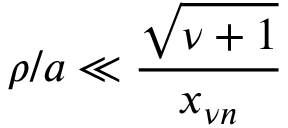
\rho / a \ll \frac { \sqrt { \nu + 1 } } { x _ { \nu n } }